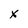
Character: x